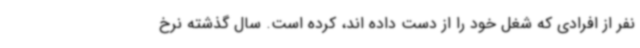
نفر از افرادی که شغل خود را از دست داده اند، کرده است. سال گذشته نرخ